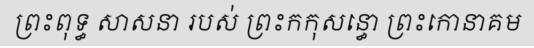
ព្រះពុទ្ធ សាសនា របស់ ព្រះកកុសន្ធោ ព្រះកោនាគម